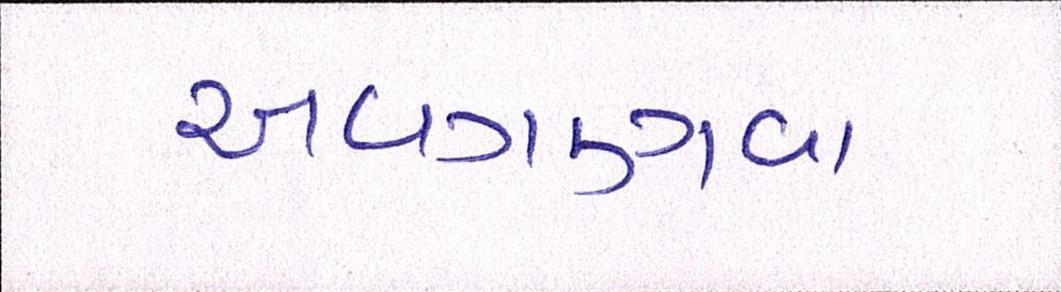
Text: અવગણવા